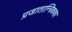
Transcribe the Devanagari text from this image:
प्रजातान्त्रिकका